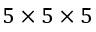
5 \times 5 \times 5